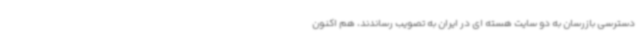
دسترسی بازرسان به دو سایت هسته ای در ایران به تصویب رساندند، هم اکنون